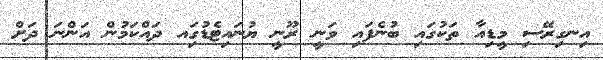
އިނގިރޭސި މީޑިއާ ތަކުގައި ބުނެފައި ވަނީ ރޫނީ ޔުނައިޓެޑުގަިއ ދައްކަމުން އަންނަ ދަށް